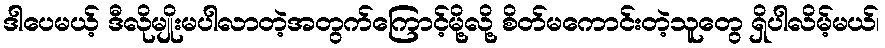
ဒါပေမယ့် ဒီလိုမျိုးမပါလာတဲ့အတွက်ကြောင့်မို့လို့ စိတ်မကောင်းတဲ့သူတွေ ရှိပါလိမ့်မယ်၊